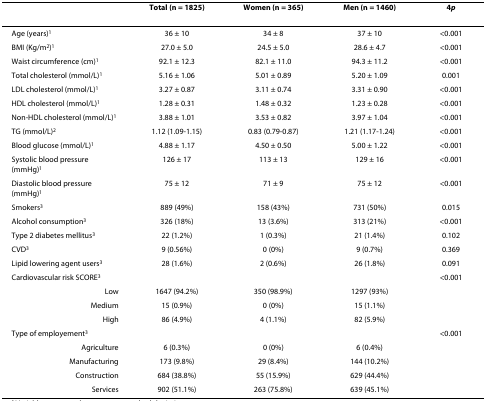
<table><thead><tr><td></td><td><b>Total (n = 1825)</b></td><td><b>Women (n = 365)</b></td><td><b>Men (n = 1460)</b></td><td><b><sup>4</sup><i>p</i></b></td></tr></thead><tbody><tr><td>Age (years)<sup>1</sup></td><td>36 ± 10</td><td>34 ± 8</td><td>37 ± 10</td><td>&lt;0.001</td></tr><tr><td>BMI (Kg/m<sup>2</sup>)<sup>1</sup></td><td>27.0 ± 5.0</td><td>24.5 ± 5.0</td><td>28.6 ± 4.7</td><td>&lt;0.001</td></tr><tr><td>Waist circumference (cm)<sup>1</sup></td><td>92.1 ± 12.3</td><td>82.1 ± 11.0</td><td>94.3 ± 11.2</td><td>&lt;0.001</td></tr><tr><td>Total cholesterol (mmol/L)<sup>1</sup></td><td>5.16 ± 1.06</td><td>5.01 ± 0.89</td><td>5.20 ± 1.09</td><td>0.001</td></tr><tr><td>LDL cholesterol (mmol/L)<sup>1</sup></td><td>3.27 ± 0.87</td><td>3.11 ± 0.74</td><td>3.31 ± 0.90</td><td>&lt;0.001</td></tr><tr><td>HDL cholesterol (mmol/L)<sup>1</sup></td><td>1.28 ± 0.31</td><td>1.48 ± 0.32</td><td>1.23 ± 0.28</td><td>&lt;0.001</td></tr><tr><td>Non-HDL cholesterol (mmol/L)<sup>1</sup></td><td>3.88 ± 1.01</td><td>3.53 ± 0.82</td><td>3.97 ± 1.04</td><td>&lt;0.001</td></tr><tr><td>TG (mmol/L)<sup>2</sup></td><td>1.12 (1.09-1.15)</td><td>0.83 (0.79-0.87)</td><td>1.21 (1.17-1.24)</td><td>&lt;0.001</td></tr><tr><td>Blood glucose (mmol/L)<sup>1</sup></td><td>4.88 ± 1.17</td><td>4.50 ± 0.50</td><td>5.00 ± 1.22</td><td>&lt;0.001</td></tr><tr><td>Systolic blood pressure (mmHg)<sup>1</sup></td><td>126 ± 17</td><td>113 ± 13</td><td>129 ± 16</td><td>&lt;0.001</td></tr><tr><td>Diastolic blood pressure (mmHg)<sup>1</sup></td><td>75 ± 12</td><td>71 ± 9</td><td>75 ± 12</td><td>&lt;0.001</td></tr><tr><td>Smokers<sup>3</sup></td><td>889 (49%)</td><td>158 (43%)</td><td>731 (50%)</td><td>0.015</td></tr><tr><td>Alcohol consumption<sup>3</sup></td><td>326 (18%)</td><td>13 (3.6%)</td><td>313 (21%)</td><td>&lt;0.001</td></tr><tr><td>Type 2 diabetes mellitus<sup>3</sup></td><td>22 (1.2%)</td><td>1 (0.3%)</td><td>21 (1.4%)</td><td>0.102</td></tr><tr><td>CVD<sup>3</sup></td><td>9 (0.56%)</td><td>0 (0%)</td><td>9 (0.7%)</td><td>0.369</td></tr><tr><td>Lipid lowering agent users<sup>3</sup></td><td>28 (1.6%)</td><td>2 (0.6%)</td><td>26 (1.8%)</td><td>0.091</td></tr><tr><td>Cardiovascular risk SCORE<sup>3</sup></td><td></td><td></td><td></td><td>&lt;0.001</td></tr><tr><td>Low</td><td>1647 (94.2%)</td><td>350 (98.9%)</td><td>1297 (93%)</td><td></td></tr><tr><td>Medium</td><td>15 (0.9%)</td><td>0 (0%)</td><td>15 (1.1%)</td><td></td></tr><tr><td>High</td><td>86 (4.9%)</td><td>4 (1.1%)</td><td>82 (5.9%)</td><td></td></tr><tr><td>Type of employement<sup>3</sup></td><td></td><td></td><td></td><td>&lt;0.001</td></tr><tr><td>Agriculture</td><td>6 (0.3%)</td><td>0 (0%)</td><td>6 (0.4%)</td><td></td></tr><tr><td>Manufacturing</td><td>173 (9.8%)</td><td>29 (8.4%)</td><td>144 (10.2%)</td><td></td></tr><tr><td>Construction</td><td>684 (38.8%)</td><td>55 (15.9%)</td><td>629 (44.4%)</td><td></td></tr><tr><td>Services</td><td>902 (51.1%)</td><td>263 (75.8%)</td><td>639 (45.1%)</td><td></td></tr></tbody></table>